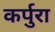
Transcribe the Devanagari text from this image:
कर्पुरा